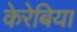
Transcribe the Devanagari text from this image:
केरेबिया